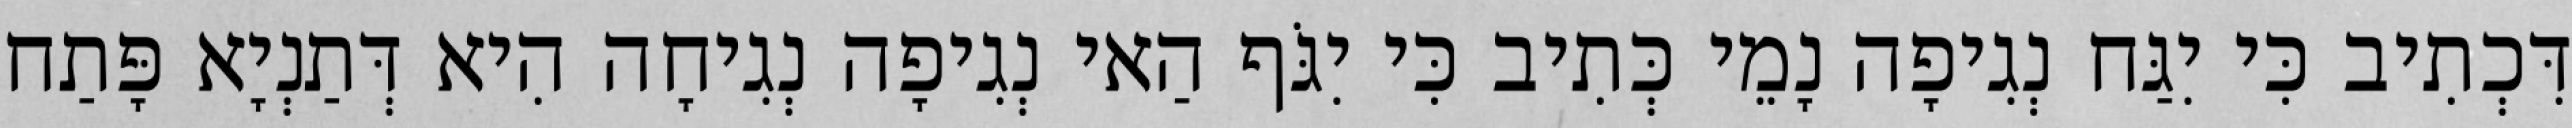
דִּכְתִיב כִּי יִגַּח נְגִיפָה נָמֵי כְּתִיב כִּי יִגֹּף הַאי נְגִיפָה נְגִיחָה הִיא דְּתַנְיָא פָּתַח